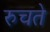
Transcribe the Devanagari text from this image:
रुचते